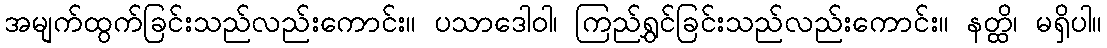
အမျက်ထွက်ခြင်းသည်လည်းကောင်း။ ပသာဒေါဝါ၊ ကြည်ရွှင်ခြင်းသည်လည်းကောင်း။ နတ္ထိ၊ မရှိပါ။